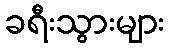
ခရီးသွားများ